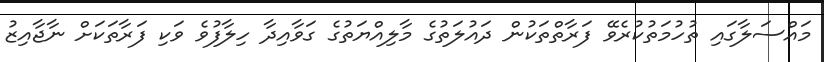
މައްސަލާގައި ތުހުމަތުކުރެވޭ ފަރާތްތަކުން ދައުލަތުގެ މާލިއްޔަތުގެ ގަވާއިދާ ހިލާފުވެ ވަކި ފަރާތަކަށް ނާޖާއިޒު